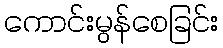
ကောင်းမွန်စေခြင်း